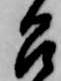
召